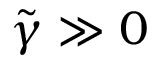
\tilde { \gamma } \gg 0